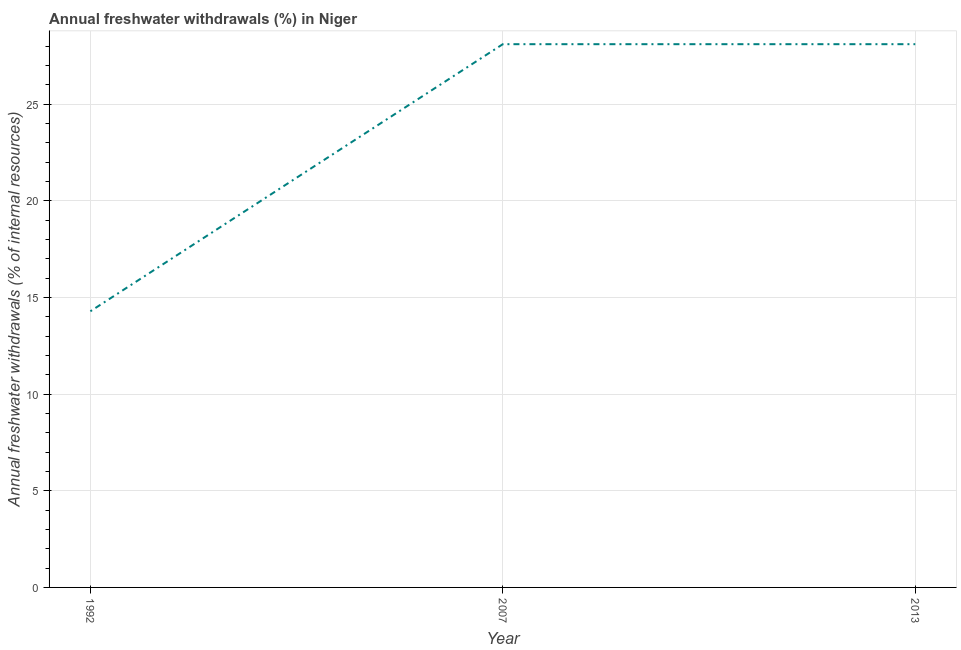
| Year | Annual freshwater withdrawals |
 | --- | --- |
 | 1992 | 14.3 |
 | 2007 | 28.1 |
 | 2013 | 28.1 |